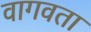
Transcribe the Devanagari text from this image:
वागवता